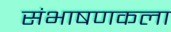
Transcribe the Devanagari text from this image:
संभाषणकला